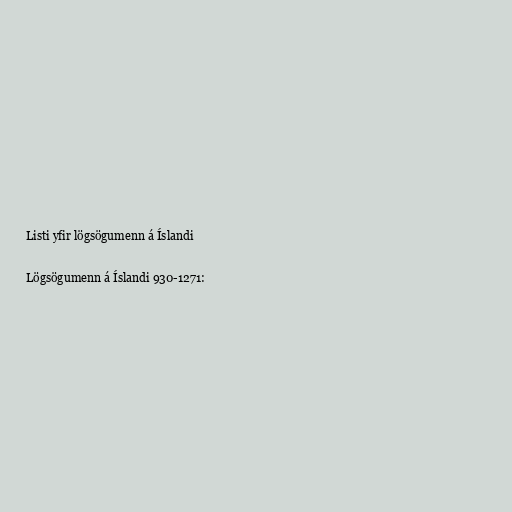
Listi yfir lögsögumenn á Íslandi

Lögsögumenn á Íslandi 930-1271: